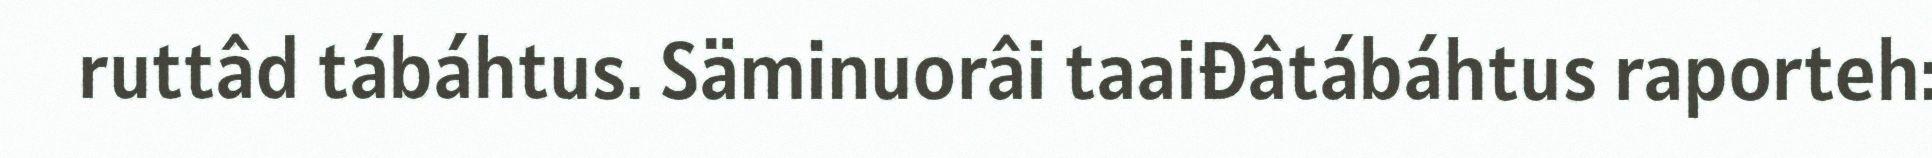
ruttâd tábáhtus. Säminuorâi taaiđâtábáhtus raporteh: